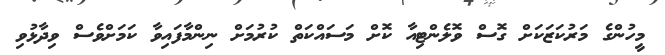
މީހުންގެ މަރުކަޒަކަށް ގޮސް ވޮލެންޓިއާ ކޮށް މަސައްކަތް ކުރުމަށް ނިންމާފައިވާ ކަމަށްވެސް ވިދާޅުވި